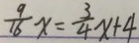
\frac { 9 } { 1 6 } x = \frac { 3 } { 4 } x + 4